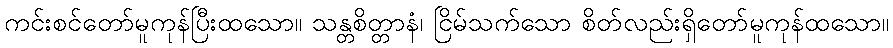
ကင်းစင်တော်မူကုန်ပြီးထသော။ သန္တစိတ္တာနံ၊ ငြိမ်သက်သော စိတ်လည်းရှိတော်မူကုန်ထသော။